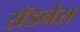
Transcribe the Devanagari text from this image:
सॅडनेस